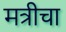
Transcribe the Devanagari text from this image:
मत्रीचा